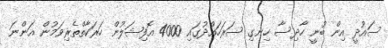
ސައުދީ އިން ބުނީ ހާދިސާ ހިނގި ސަރަހައްދުގައި 4000 އޮފިޝަލުން ހަރަކާތްތެރިވަމުން އަންނަ